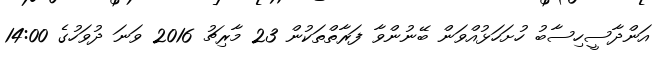
އަންދާސީހިސާބު ހުށަހަޅުއްވަން ބޭނުންވާ ފަރާތްތަކުން 23 މާރިޗު 2016 ވަނަ ދުވަހުގެ 14:00